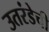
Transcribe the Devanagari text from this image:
उतरंडेची